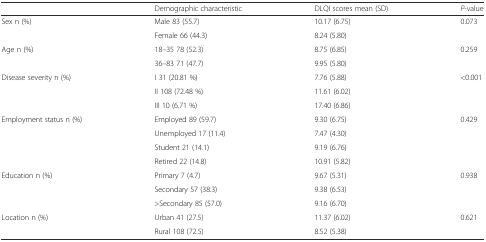
<table><thead><tr><td></td><td><b>Demographic characteristic</b></td><td><b>DLQI scores mean (SD)</b></td><td><b><i>P</i>-value</b></td></tr></thead><tbody><tr><td rowspan="2">Sex n (%)</td><td>Male 83 (55.7)</td><td>10.17 (6.75)</td><td rowspan="2">0.073</td></tr><tr><td>Female 66 (44.3)</td><td>8.24 (5.80)</td></tr><tr><td rowspan="2">Age n (%)</td><td>18–35 78 (52.3)</td><td>8.75 (6.85)</td><td rowspan="2">0.259</td></tr><tr><td>36–83 71 (47.7)</td><td>9.95 (5.80)</td></tr><tr><td rowspan="3">Disease severity n (%)</td><td>I 31 (20.81 %)</td><td>7.76 (5.88)</td><td rowspan="3">&lt;0.001</td></tr><tr><td>II 108 (72.48 %)</td><td>11.61 (6.02)</td></tr><tr><td>III 10 (6.71 %)</td><td>17.40 (6.86)</td></tr><tr><td rowspan="4">Employment status n (%)</td><td>Employed 89 (59.7)</td><td>9.30 (6.75)</td><td rowspan="4">0.429</td></tr><tr><td>Unemployed 17 (11.4)</td><td>7.47 (4.30)</td></tr><tr><td>Student 21 (14.1)</td><td>9.19 (6.76)</td></tr><tr><td>Retired 22 (14.8)</td><td>10.91 (5.82)</td></tr><tr><td rowspan="3">Education n (%)</td><td>Primary 7 (4.7)</td><td>9.67 (5.31)</td><td rowspan="3">0.938</td></tr><tr><td>Secondary 57 (38.3)</td><td>9.38 (6.53)</td></tr><tr><td>&gt;Secondary 85 (57.0)</td><td>9.16 (6.70)</td></tr><tr><td rowspan="2">Location n (%)</td><td>Urban 41 (27.5)</td><td>11.37 (6.02)</td><td rowspan="2">0.621</td></tr><tr><td>Rural 108 (72.5)</td><td>8.52 (5.38)</td></tr></tbody></table>